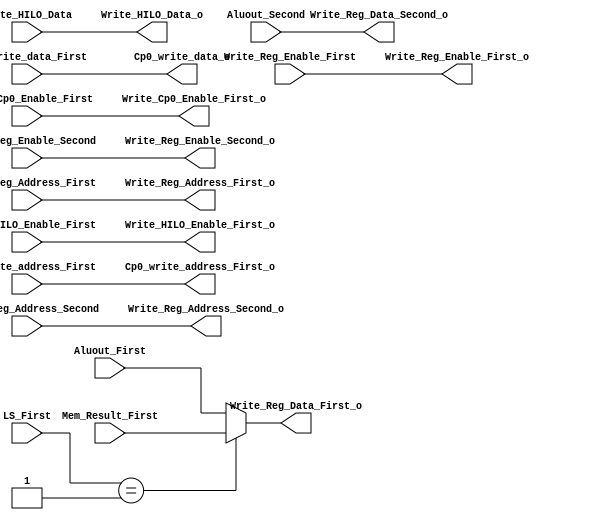
module Wb_Stage(
    input wire Write_Reg_Enable_First,
    input wire Write_Reg_Enable_Second,
    input wire [4:0] Wrtie_Reg_Address_First,
    input wire [4:0] Write_Reg_Address_Second,
    input wire [1:0] Write_HILO_Enable_First,
    input wire [63:0] Write_HILO_Data,
    input wire [31:0] Mem_Result_First,
    input wire [1:0] LS_First,
    input wire [31:0] Aluout_First,
    input wire [31:0] Aluout_Second,
    input wire [31:0] Cp0_write_data_First,
    input wire [7:0] Cp0_write_address_First,
    input wire Write_Cp0_Enable_First,
    output wire Write_Reg_Enable_First_o,//same
    output wire Write_Reg_Enable_Second_o,//same
    output wire [4:0] Write_Reg_Address_First_o,//same
    output wire [4:0] Write_Reg_Address_Second_o,//same
    output reg [31:0]Write_Reg_Data_First_o,
    output wire [31:0] Write_Reg_Data_Second_o,//same
    output wire Write_Cp0_Enable_First_o,//same
    output wire [7:0] Cp0_write_address_First_o,//same
    output wire [31:0] Cp0_write_data_o,//same
    output wire [1:0] Write_HILO_Enable_First_o,//same
    output wire [63:0] Write_HILO_Data_o//same

);
assign Write_Reg_Data_Second_o=Aluout_Second;
assign Write_Reg_Enable_First_o=Write_Reg_Enable_First;
assign Write_Reg_Enable_Second_o=Write_Reg_Enable_Second;
assign Write_Reg_Address_First_o=Wrtie_Reg_Address_First;
assign Write_Reg_Address_Second_o=Write_Reg_Address_Second;
assign Write_Cp0_Enable_First_o=Write_Cp0_Enable_First;
assign Cp0_write_address_First_o=Cp0_write_address_First;
assign Cp0_write_data_o=Cp0_write_data_First;
assign Write_HILO_Enable_First_o=Write_HILO_Enable_First;
assign Write_HILO_Data_o=Write_HILO_Data;
always@(*)begin
    if(LS_First==2'b01)begin
        Write_Reg_Data_First_o=Mem_Result_First;
    end
    else begin
        Write_Reg_Data_First_o=Aluout_First;
    end
end




endmodule